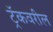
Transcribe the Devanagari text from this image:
ट्रॅकवरील